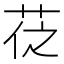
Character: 𦮩